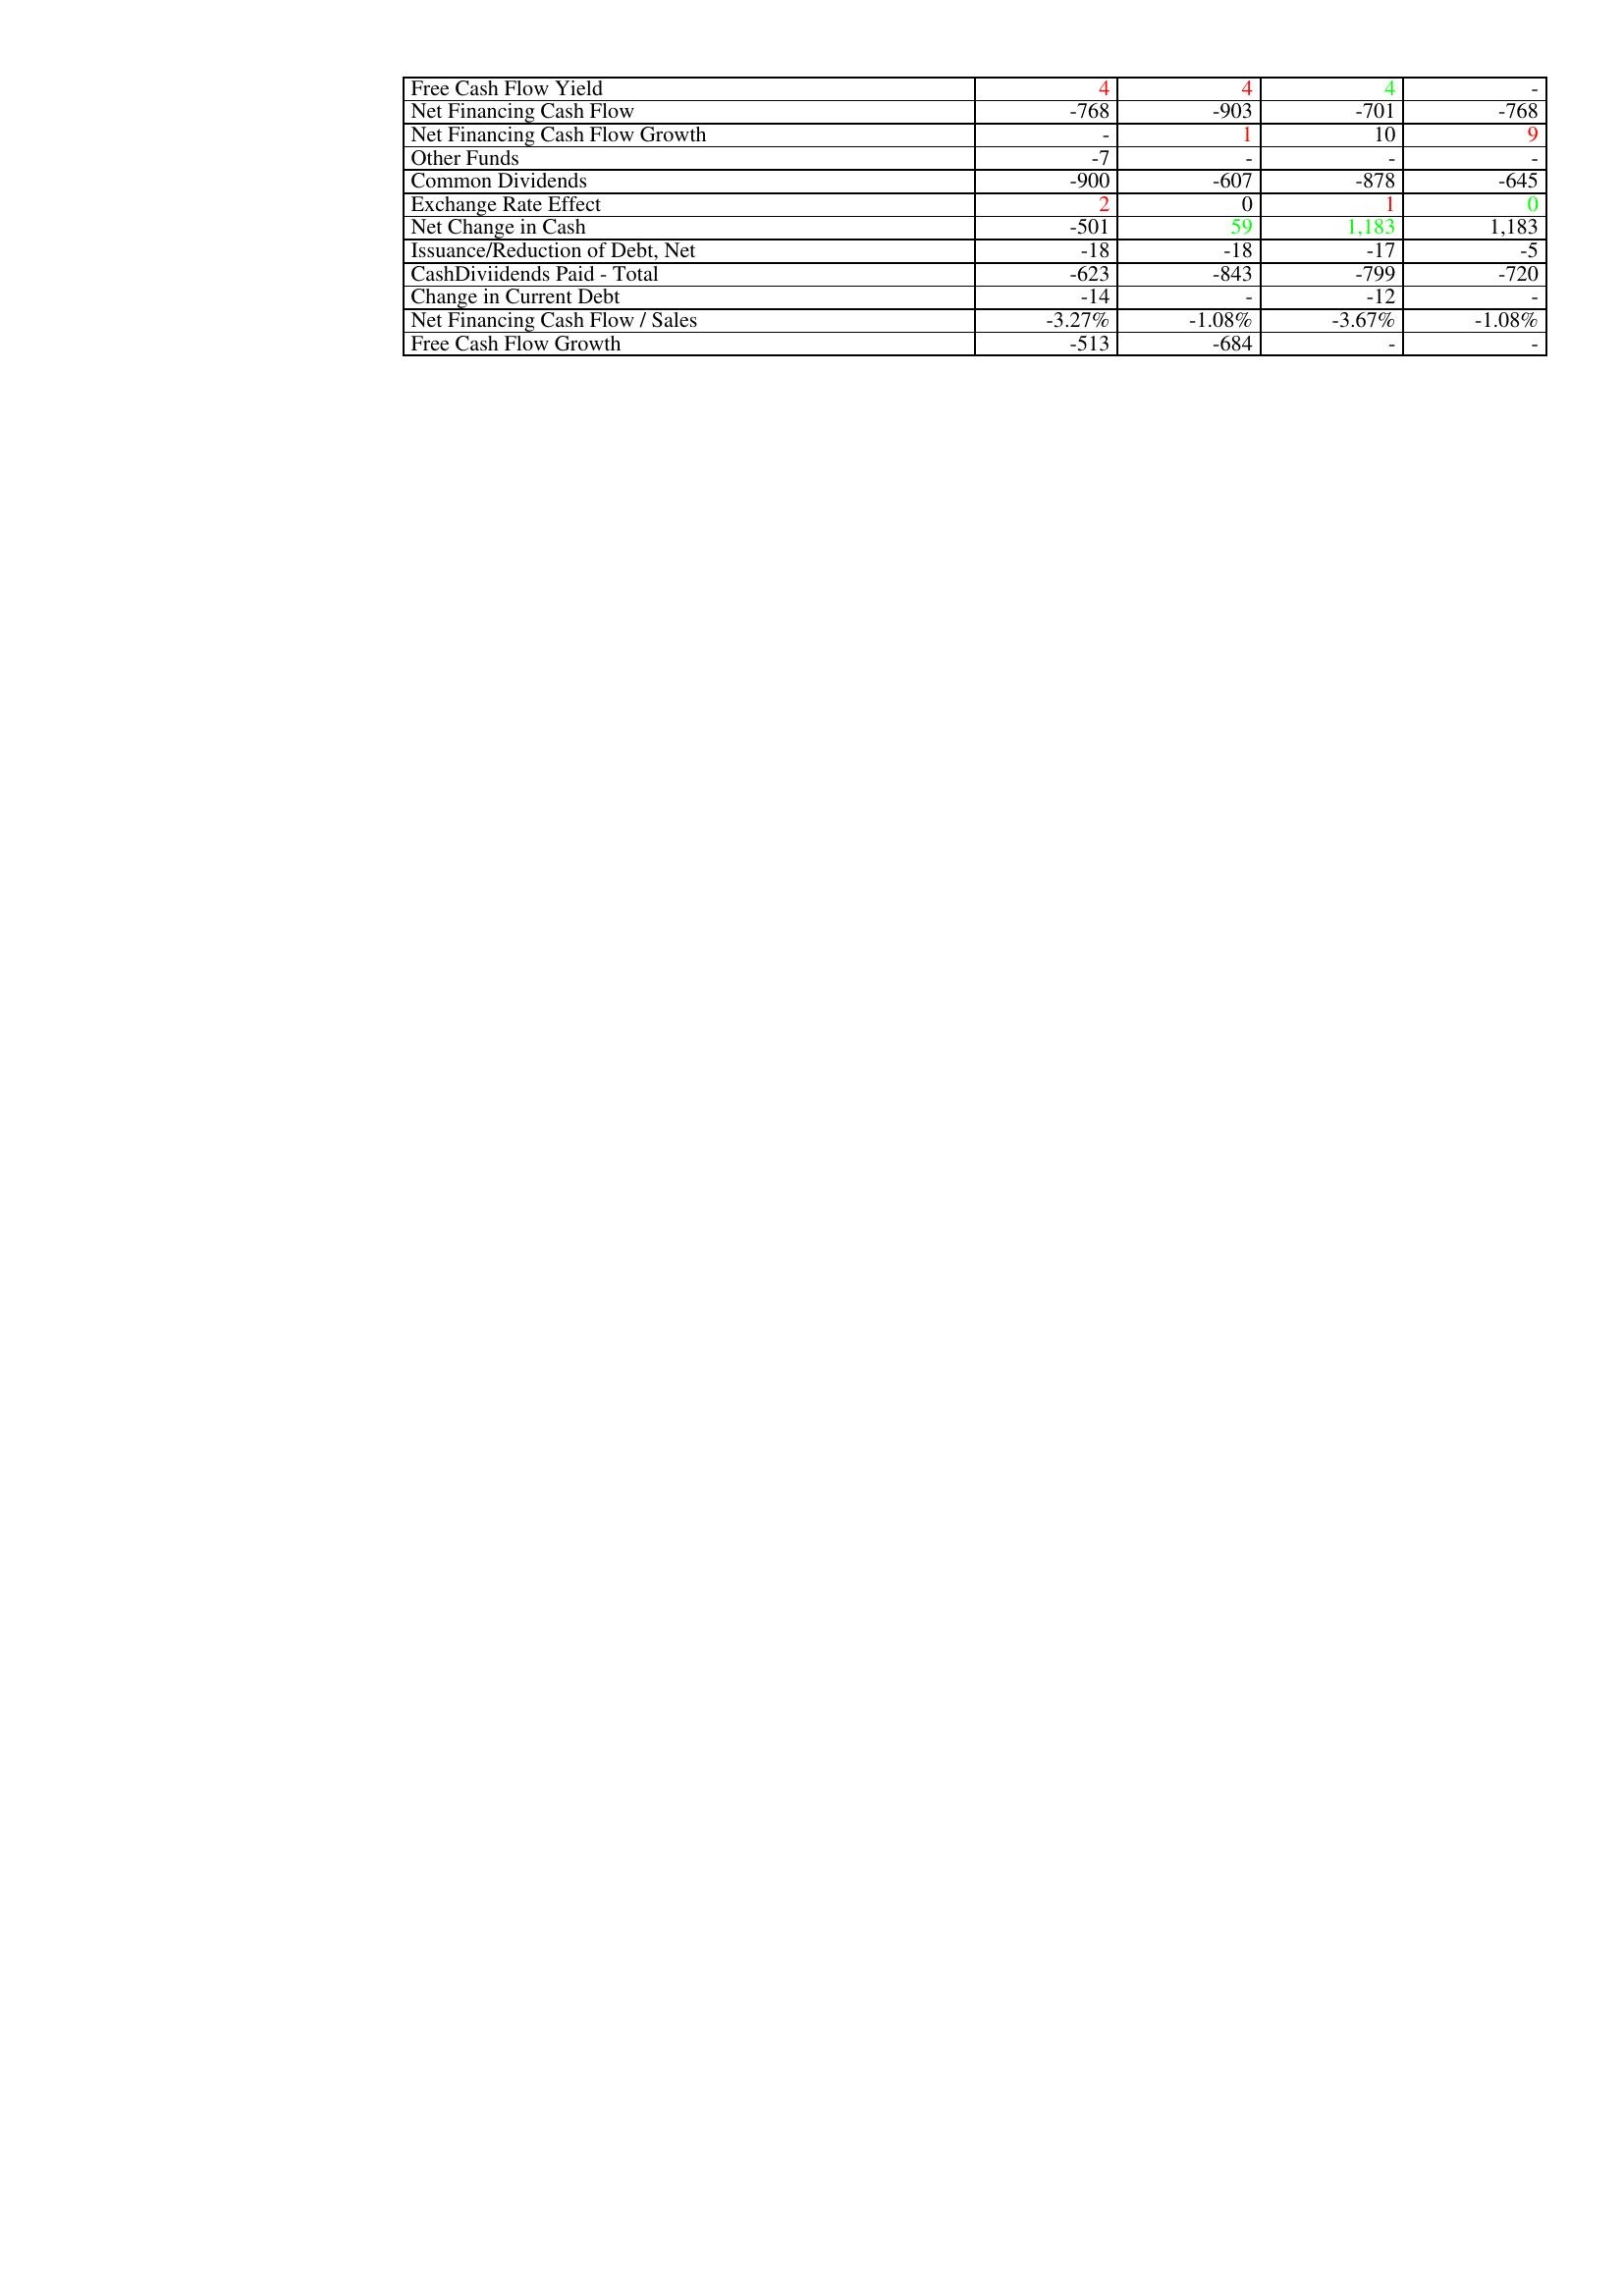
gt_parse: 2021: Financing Activities: Free Cash Flow Yield: 4
Net Financing Cash Flow: -768
Net Financing Cash Flow Growth: -
Other Funds: -7
Common Dividends: -900
Exchange Rate Effect: 2
Net Change in Cash: -501
Issuance/Reduction of Debt, Net: -18
CashDiviidends Paid - Total: -623
Change in Current Debt: -14
Net Financing Cash Flow / Sales: -3.27%
Free Cash Flow Growth: -513
2020: Financing Activities: Free Cash Flow Yield: 4
Net Financing Cash Flow: -903
Net Financing Cash Flow Growth: 1
Other Funds: -
Common Dividends: -607
Exchange Rate Effect: 0
Net Change in Cash: 59
Issuance/Reduction of Debt, Net: -18
CashDiviidends Paid - Total: -843
Change in Current Debt: -
Net Financing Cash Flow / Sales: -1.08%
Free Cash Flow Growth: -684
2019: Financing Activities: Free Cash Flow Yield: 4
Net Financing Cash Flow: -701
Net Financing Cash Flow Growth: 10
Other Funds: -
Common Dividends: -878
Exchange Rate Effect: 1
Net Change in Cash: 1,183
Issuance/Reduction of Debt, Net: -17
CashDiviidends Paid - Total: -799
Change in Current Debt: -12
Net Financing Cash Flow / Sales: -3.67%
Free Cash Flow Growth: -
2018: Financing Activities: Free Cash Flow Yield: -
Net Financing Cash Flow: -768
Net Financing Cash Flow Growth: 9
Other Funds: -
Common Dividends: -645
Exchange Rate Effect: 0
Net Change in Cash: 1,183
Issuance/Reduction of Debt, Net: -5
CashDiviidends Paid - Total: -720
Change in Current Debt: -
Net Financing Cash Flow / Sales: -1.08%
Free Cash Flow Growth: -